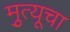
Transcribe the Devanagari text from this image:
मृुत्यूचा